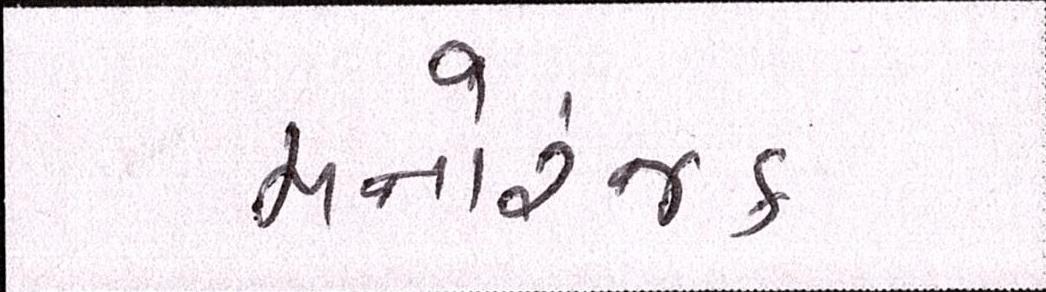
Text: મનોરંજક